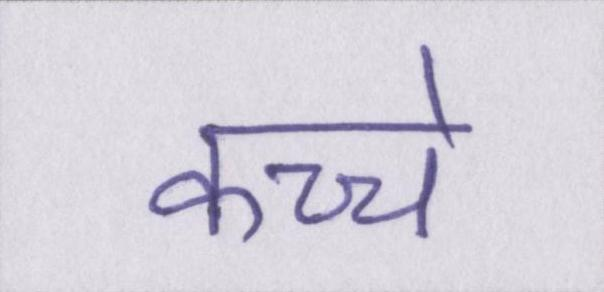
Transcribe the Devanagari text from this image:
कच्चे